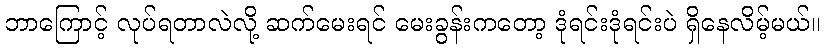
ဘာကြောင့် လုပ်ရတာလဲလို့ ဆက်မေးရင် မေးခွန်းကတော့ ဒုံရင်းဒုံရင်းပဲ ရှိနေလိမ့်မယ်။